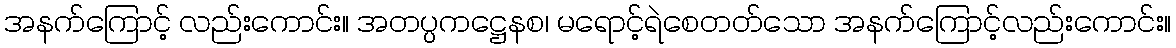
အနက်ကြောင့် လည်းကောင်း။ အတပ္ပကဋ္ဌေနစ၊ မရောင့်ရဲစေတတ်သော အနက်ကြောင့်လည်းကောင်း။